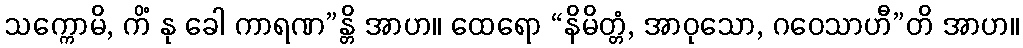
သက္ကောမိ, ကိံ နု ခေါ ကာရဏ”န္တိ အာဟ။ ထေရော “နိမိတ္တံ, အာဝုသော, ဂဝေသာဟီ”တိ အာဟ။